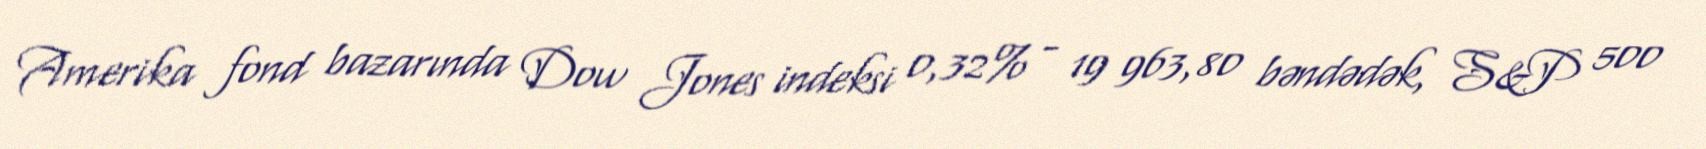
Amerika fond bazarında Dow Jones indeksi 0,32% - 19 963,80 bəndədək, S&P 500